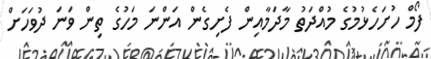
ފޯމް ހުށަހެޅުމުގެ މުއްދަތު މާދަމާއިން ފެށިގެން އަންނަ މަހުގެ ތިން ވަނަ ދުވަހަށް